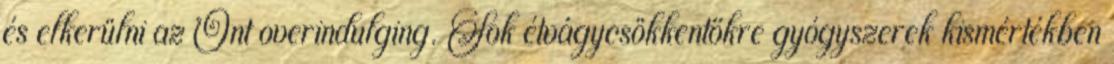
és elkerülni az Önt overindulging. Sok étvágycsökkentőkre gyógyszerek kismértékben